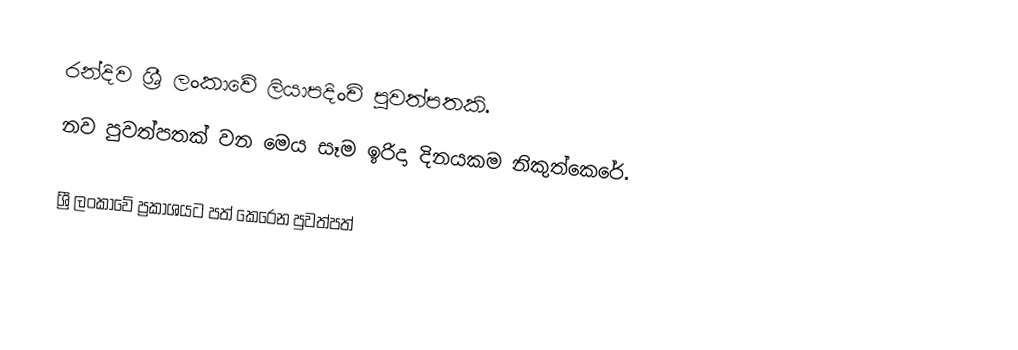
රන්දිව ශ්‍රී ලංකාවේ ලියාපදිංචි පුවත්පතකි.
නව පුවත්පතක් වන මෙය සෑම ඉරිදා දිනයකම නිකුත්කෙරේ.

ශ්‍රී ලංකාවේ ප්‍රකාශයට පත් කෙරෙන පුවත්පත්‎